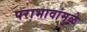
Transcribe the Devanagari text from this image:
पराभावांमुळे